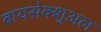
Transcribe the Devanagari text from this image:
बायसेक्शुअल